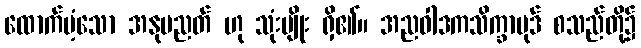
ထောက်ပံ့သော အနုပညတ် ဟု သုံးမျိုး ရှိ၏။ အညဝါဒကသိက္ခာပုဒ် စသည်တို့၌